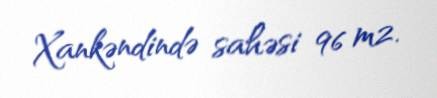
Xankəndində sahəsi 96 m2.